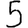
Digit: 5